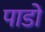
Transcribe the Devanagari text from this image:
पाडों